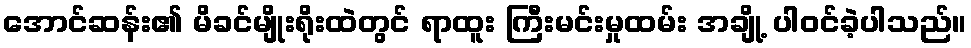
အောင်ဆန်း၏ မိခင်မျိုးရိုးထဲတွင် ရာထူး ကြီးမင်းမှုထမ်း အချို့ ပါဝင်ခဲ့ပါသည်။